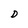
Character: D